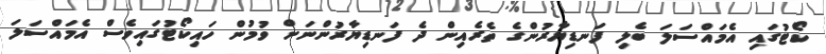
ކޯޓުގައި އެމައްސަލަ ބެލި ފަނޑިޔާރުންގެ ތެރެއިން ދެ ފަނޑިޔާރުންނަށް ވުމުން ހައިކޯޓުގައިވެސް އެމައްސަލަ